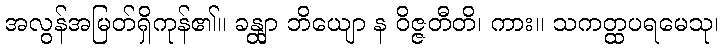
အလွန်အမြတ်ရှိကုန်၏။ ခန္တျာ ဘိယျော န ဝိဇ္ဇတီတိ၊ ကား။ သကတ္ထပရမေသု၊